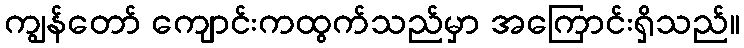
ကျွန်တော် ကျောင်းကထွက်သည်မှာ အကြောင်းရှိသည်။